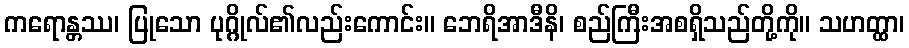
ကရောန္တဿ၊ ပြုသော ပုဂ္ဂိုလ်၏လည်းကောင်း။ ဘေရိအာဒီနိ၊ စည်ကြီးအစရှိသည်တို့ကို။ သဟတ္ထာ၊